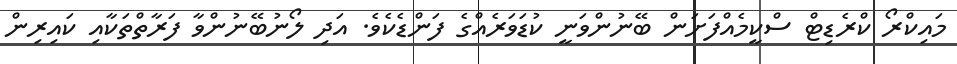
މައިކްރޯ ކްރެޑިޓް ސްކީމެއްފަށަން ބޭނުންވަނީ ކުޑަވަރެއްގެ ފަންޑެކެވެ. އަދި ލޯނުބޭނުންވާ ފަރާތްތަކާއި ކައިރިން